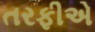
તરફીએ